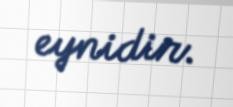
eynidir.